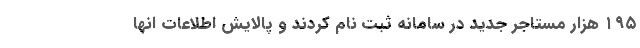
۱۹۵ هزار مستاجر جدید در سامانه ثبت نام کردند و پالایش اطلاعات انها